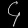
Digit: ၄